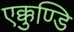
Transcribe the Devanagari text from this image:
एक्कुण्डि